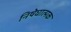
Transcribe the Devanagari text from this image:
निषेघात्मक